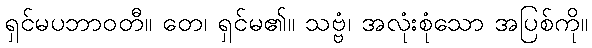
ရှင်မပဘာဝတီ။ တေ၊ ရှင်မ၏။ သဗ္ဗံ၊ အလုံးစုံသော အပြစ်ကို။